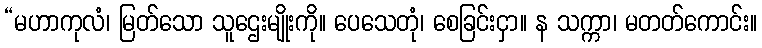
“မဟာကုလံ၊ မြတ်သော သူဌေးမျိုးကို။ ပေသေတုံ၊ စေခြင်းငှာ။ န သက္ကာ၊ မတတ်ကောင်း။